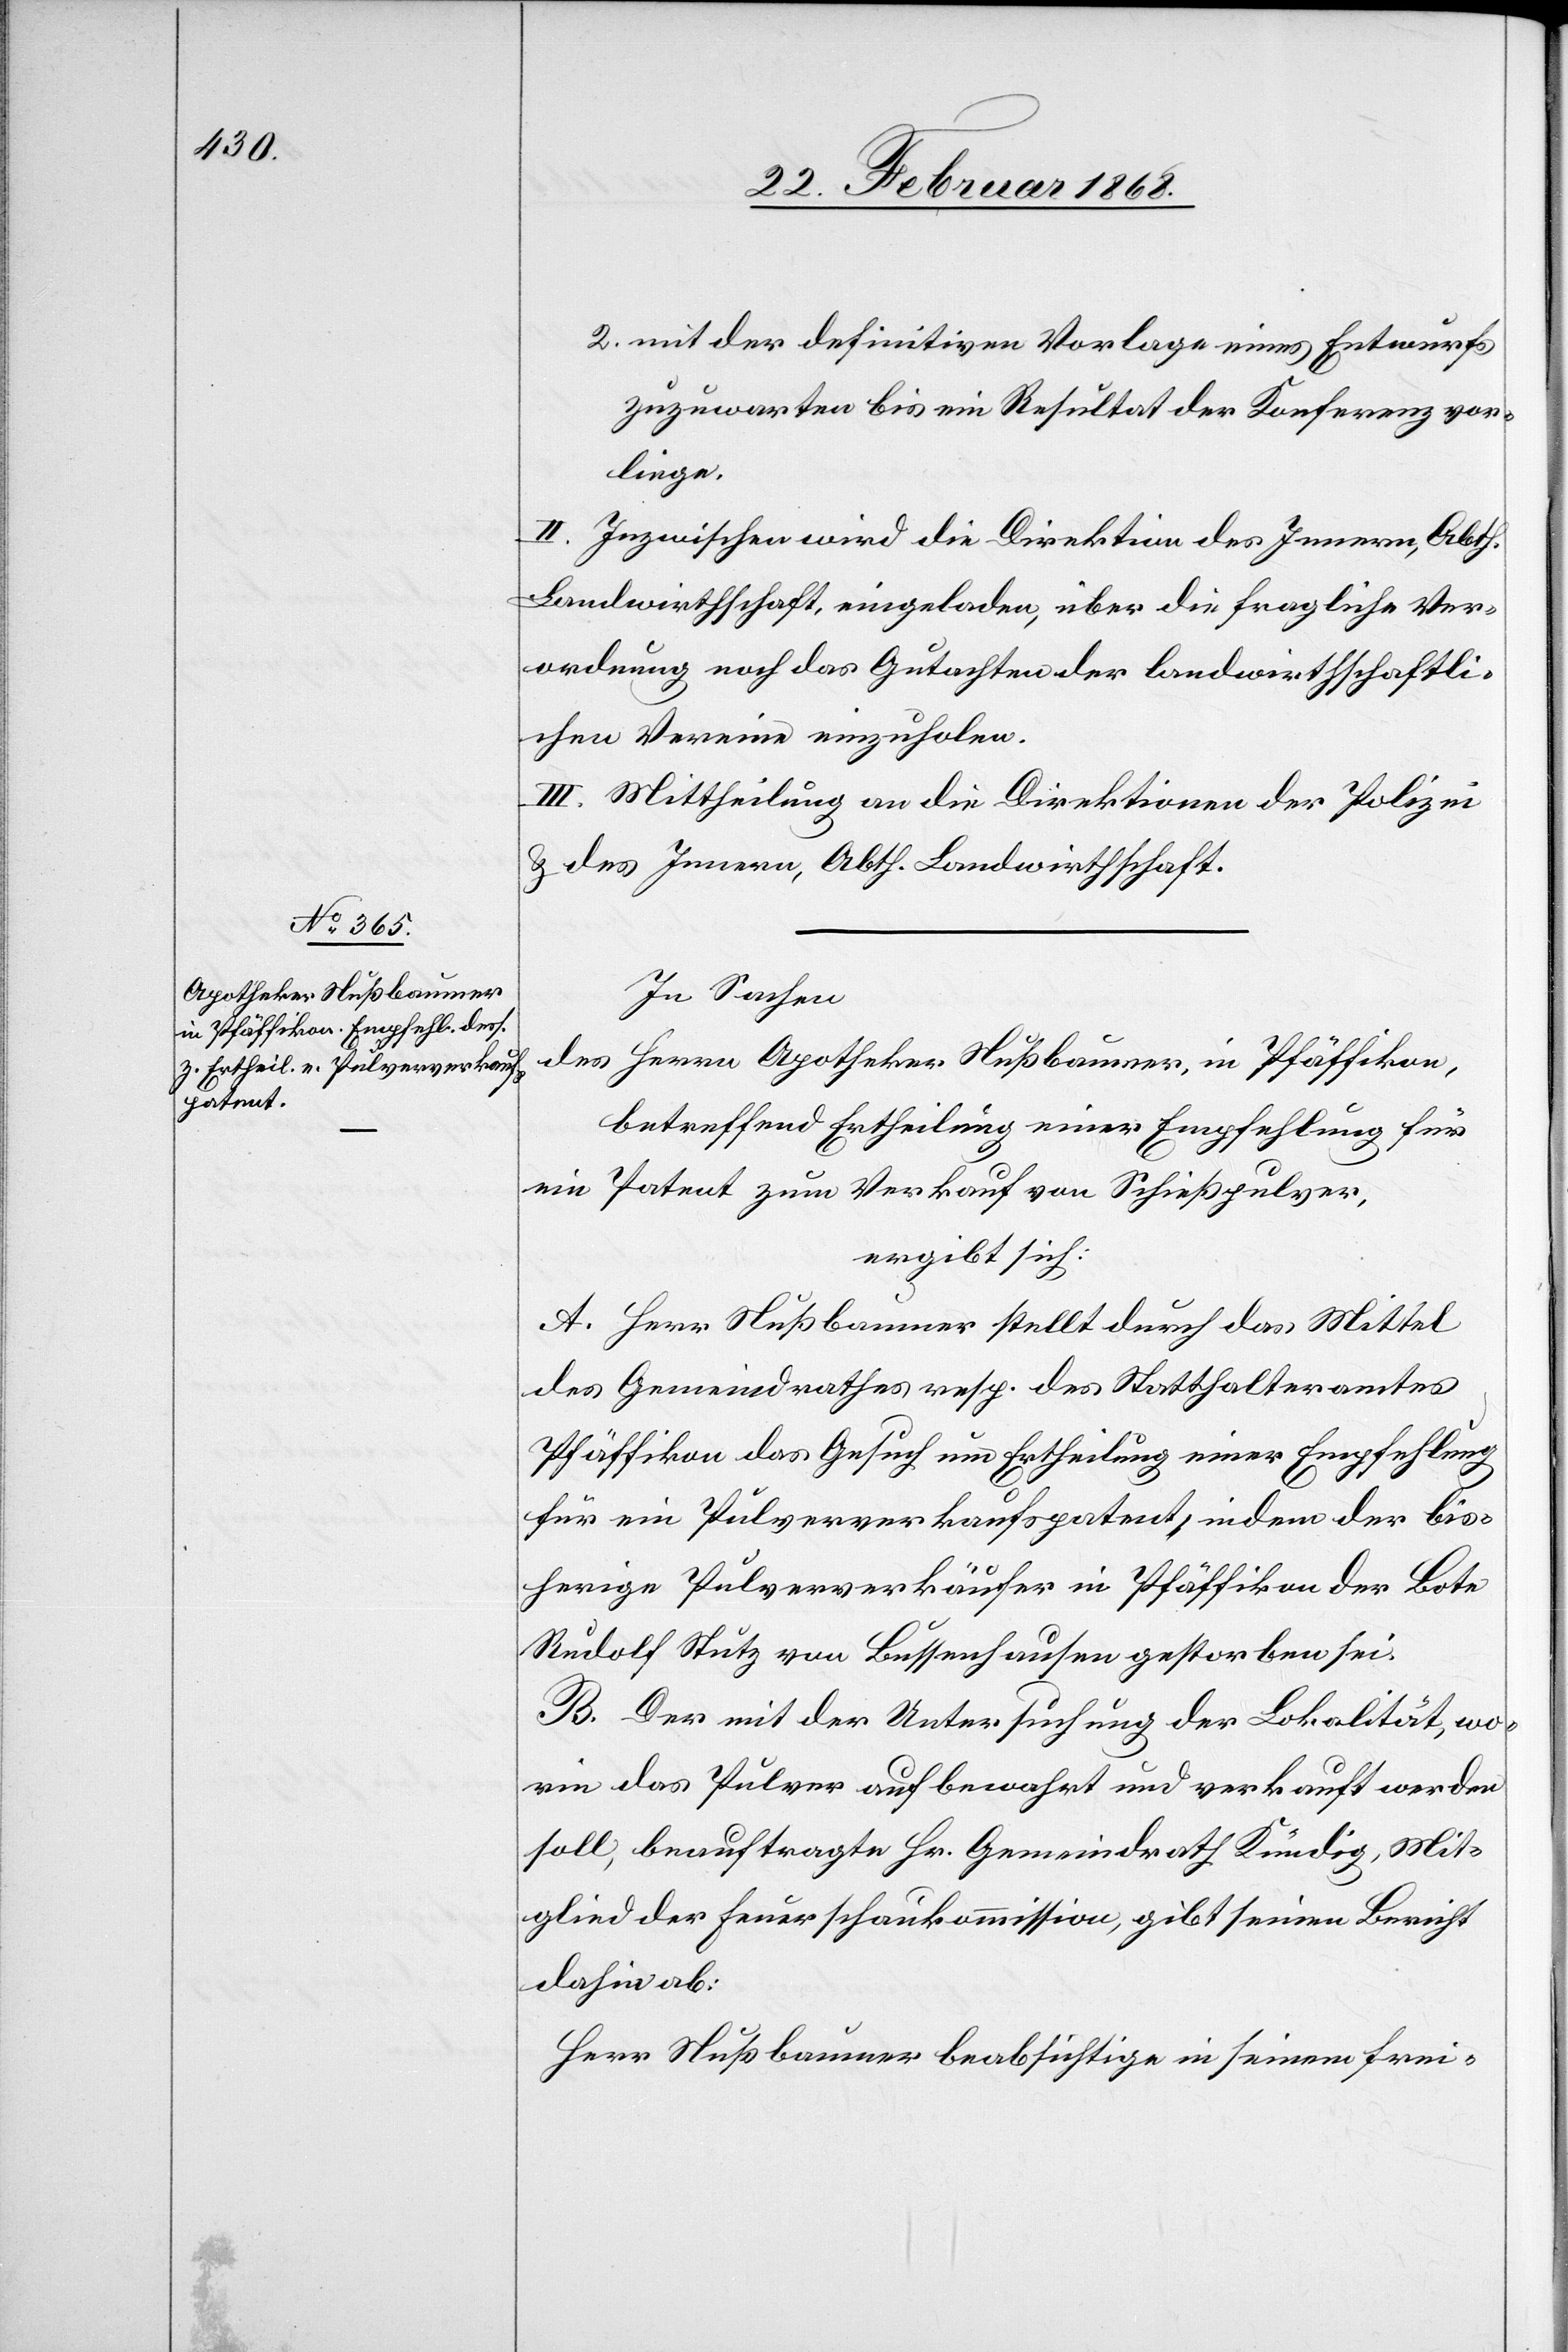
mit der definitiven Vorlage eines Entwurfs
zuzuwarten bis ein Resultat der Konferenz vor¬
liege.
II. Inzwischen wird die Direktion des Innern, Abth.
Landwirthschaft, eingeladen, über die fragliche Ver¬
ordnung noch das Gutachten der landwirthschaftli¬
chen Vereine einzuholen.
III. Mittheilung an die Direktionen der Polizei
& des Innern, Abth. Landwirthschaft.
In Sachen
des Herrn Apotheker Nußbaumer, in Pfäffikon,
betreffend Ertheilung einer Empfehlung für
ein Patent zum Verkauf von Schießpulver,
ergibt sich:
A. Herr Nußbaumer stellt durch das Mittel
des Gemeindrathes resp. des Statthalteramtes
Pfäffikon das Gesuch um Ertheilung einer Empfehlung
für ein Pulververkaufspatent, indem der bis¬
herige Pulververkäufer in Pfäffikon der Bote
Rudolf Stutz von Bussenhausen gestorben sei.
B. Der mit der Untersuchung der Lokalität, wo¬
rin das Pulver aufbewahrt und verkauft werden
soll, beauftragte Hr. Gemeindrath Kündig, Mit¬
glied der Feuerschaukommission, gibt seinen Bericht
dahin ab:
Herr Nußbaumer beabsichtige in seinem frei-